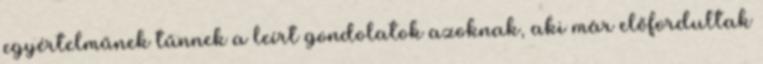
egyértelműnek tűnnek a leírt gondolatok azoknak, aki már előfordultak